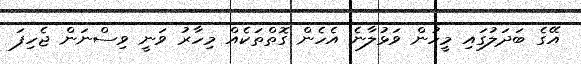
އޭގެ ބަދަލުގައި މީހުން ވަޅުލާނެ އެހެން ގޮތްތަކެއް މިހާރު ވަނީ ވިސްނަން ޖެހިފަ